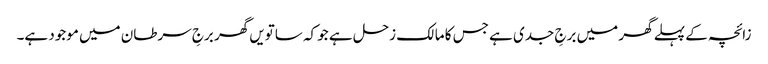
زائچہ کے پہلے گھر میں برجِ جدی ہے جس کا مالک زحل ہے جو کہ ساتویں گھر برجِ سرطان میں موجود ہے۔